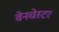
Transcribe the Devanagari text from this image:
वेनचेस्टर